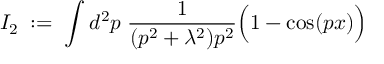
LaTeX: I _ { 2 } \; : = \; \int d ^ { 2 } p \; \frac { 1 } { ( p ^ { 2 } + \lambda ^ { 2 } ) p ^ { 2 } } \Big ( 1 - \cos ( p x ) \Big )